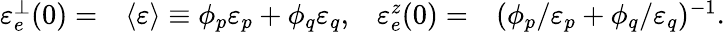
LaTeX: \begin{array}{rlrl}{\mathinner{\varepsilon_{e}^{\perp}\mathopen{\left(0\right)}}=}&{\left\langle\varepsilon\right\rangle\equiv\phi_{p}\varepsilon_{p}+\phi_{q}\varepsilon_{q},}&{\mathinner{\varepsilon_{e}^{z}\mathopen{\left(0\right)}}=}&{(\phi_{p}/\varepsilon_{p}+\phi_{q}/\varepsilon_{q})^{-1}.}\end{array}